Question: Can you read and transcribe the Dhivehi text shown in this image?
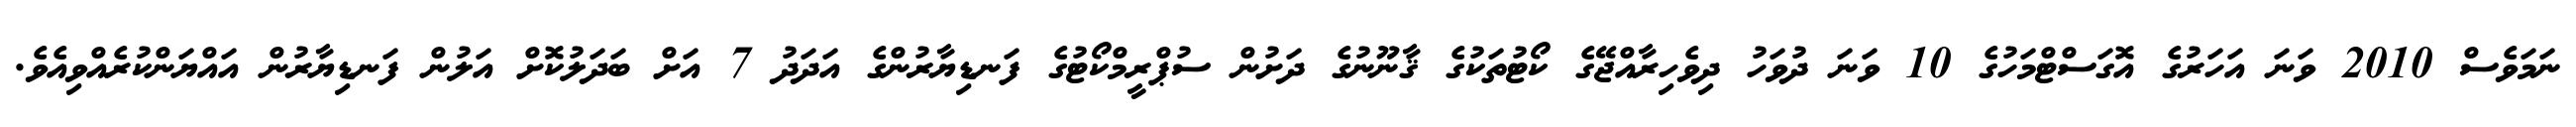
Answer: ނަމަވެސް 2010 ވަނަ އަހަރުގެ އޮގަސްޓްމަހުގެ 10 ވަނަ ދުވަހު ދިވެހިރާއްޖޭގެ ކޯޓުތަކުގެ ޤާނޫނުގެ ދަށުން ސުޕްރީމްކޯޓުގެ ފަނޑިޔާރުންގެ އަދަދު 7 އަށް ބަދަލުކޮށް އަލުން ފަނޑިޔާރުން އައްޔަންކުރެއްވިއެވެ.